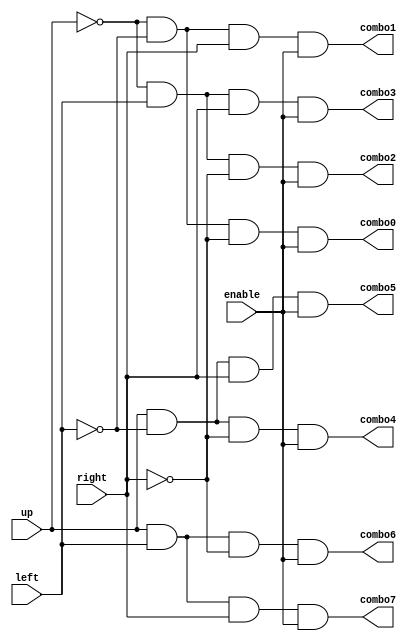
`timescale 1ns / 1ps

module decoder_dataflow(
    input up,
    input left,
    input right,
    input enable,
    output combo0,
    output combo1,
    output combo2,
    output combo3,
    output combo4,
    output combo5,
    output combo6,
    output combo7
    );
    
    assign combo0 = ~up & ~left & ~right & enable;
    assign combo1 = ~up & ~left & right & enable;
    assign combo2 = ~up & left & ~right & enable;
    assign combo3 = ~up & left & right & enable;
    assign combo4 = up & ~left & ~right & enable;
    assign combo5 = up & ~left & right & enable;
    assign combo6 = up & left & ~right & enable;
    assign combo7 = up & left & right & enable;
        
endmodule